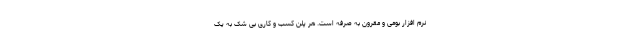
نرم افزار بومی و مقرون به صرفه است. هر پلن کسب و کاری بی شک به یک